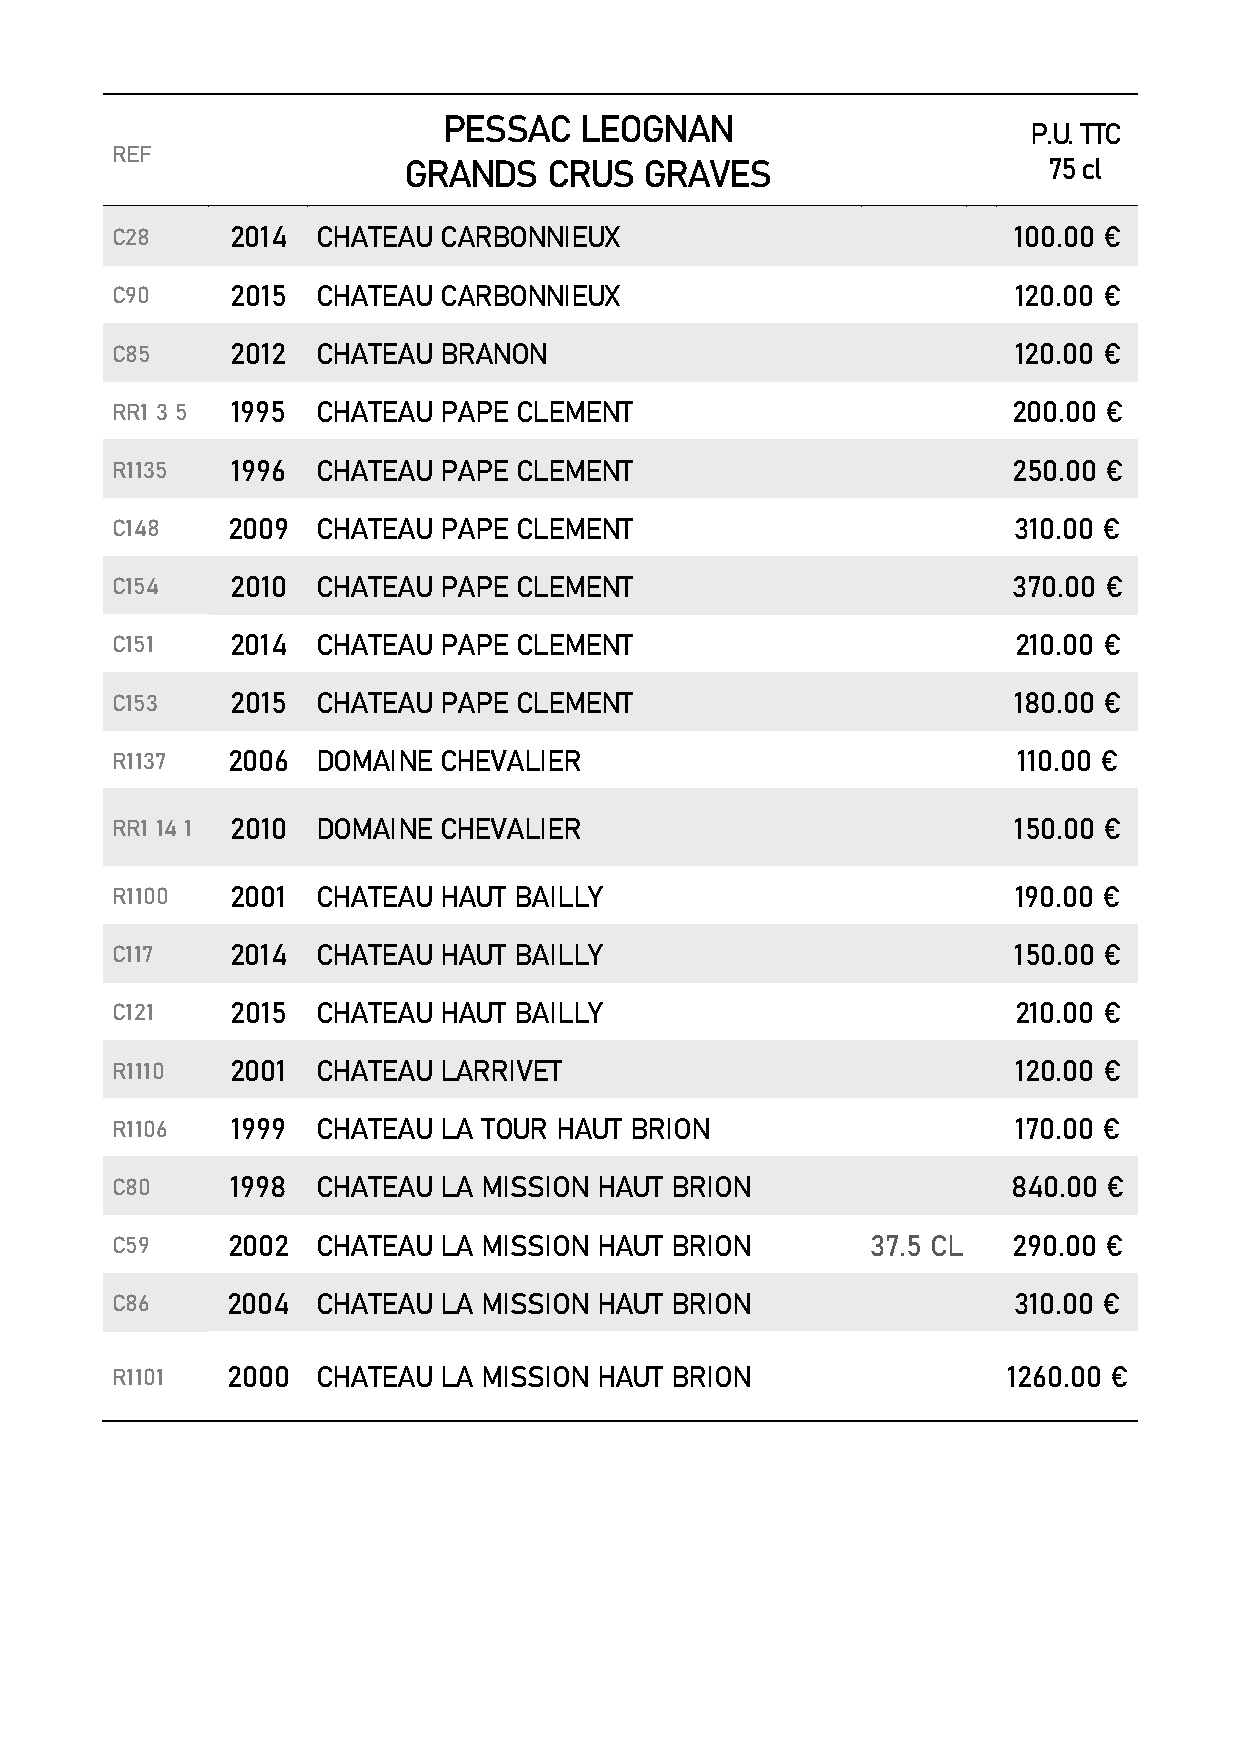
PESSAC   LEOGNAN
 P.U. TTC
 REF
 GRANDS   CRUS   GRAVES                    75 cl
 C28     2014  CHATEAU CARBONNIEUX                           100.00 €
 C90     2015  CHATEAU CARBONNIEUX                           120.00 €
 C85     2012  CHATEAU BRANON                                120.00 €
 RR1 3 5 1995  CHATEAU PAPE CLEMENT                          200.00 €
 R1135   1996  CHATEAU PAPE CLEMENT                          250.00 €
 C148    2009  CHATEAU PAPE CLEMENT                          310.00 €
 C154    2010  CHATEAU PAPE CLEMENT                          370.00 €
 C151    2014  CHATEAU PAPE CLEMENT                          210.00 €
 C153    2015  CHATEAU PAPE CLEMENT                          180.00 €
 R1137   2006  DOMAINE CHEVALIER                             110.00 €
 RR1 14 1 2010 DOMAINE CHEVALIER                             150.00 €
 R1100   2001  CHATEAU HAUT BAILLY                           190.00 €
 C117    2014  CHATEAU HAUT BAILLY                           150.00 €
 C121    2015  CHATEAU HAUT BAILLY                           210.00 €
 R1110   2001  CHATEAU LARRIVET                              120.00 €
 R1106   1999  CHATEAU LA TOUR HAUT BRION                    170.00 €
 C80     1998  CHATEAU LA MISSION HAUT BRION                 840.00 €
 C59     2002  CHATEAU LA MISSION HAUT BRION        37.5 CL  290.00 €
 C86     2004  CHATEAU LA MISSION HAUT BRION                 310.00 €
 R1101   2000  CHATEAU LA MISSION HAUT BRION                 1260.00 €